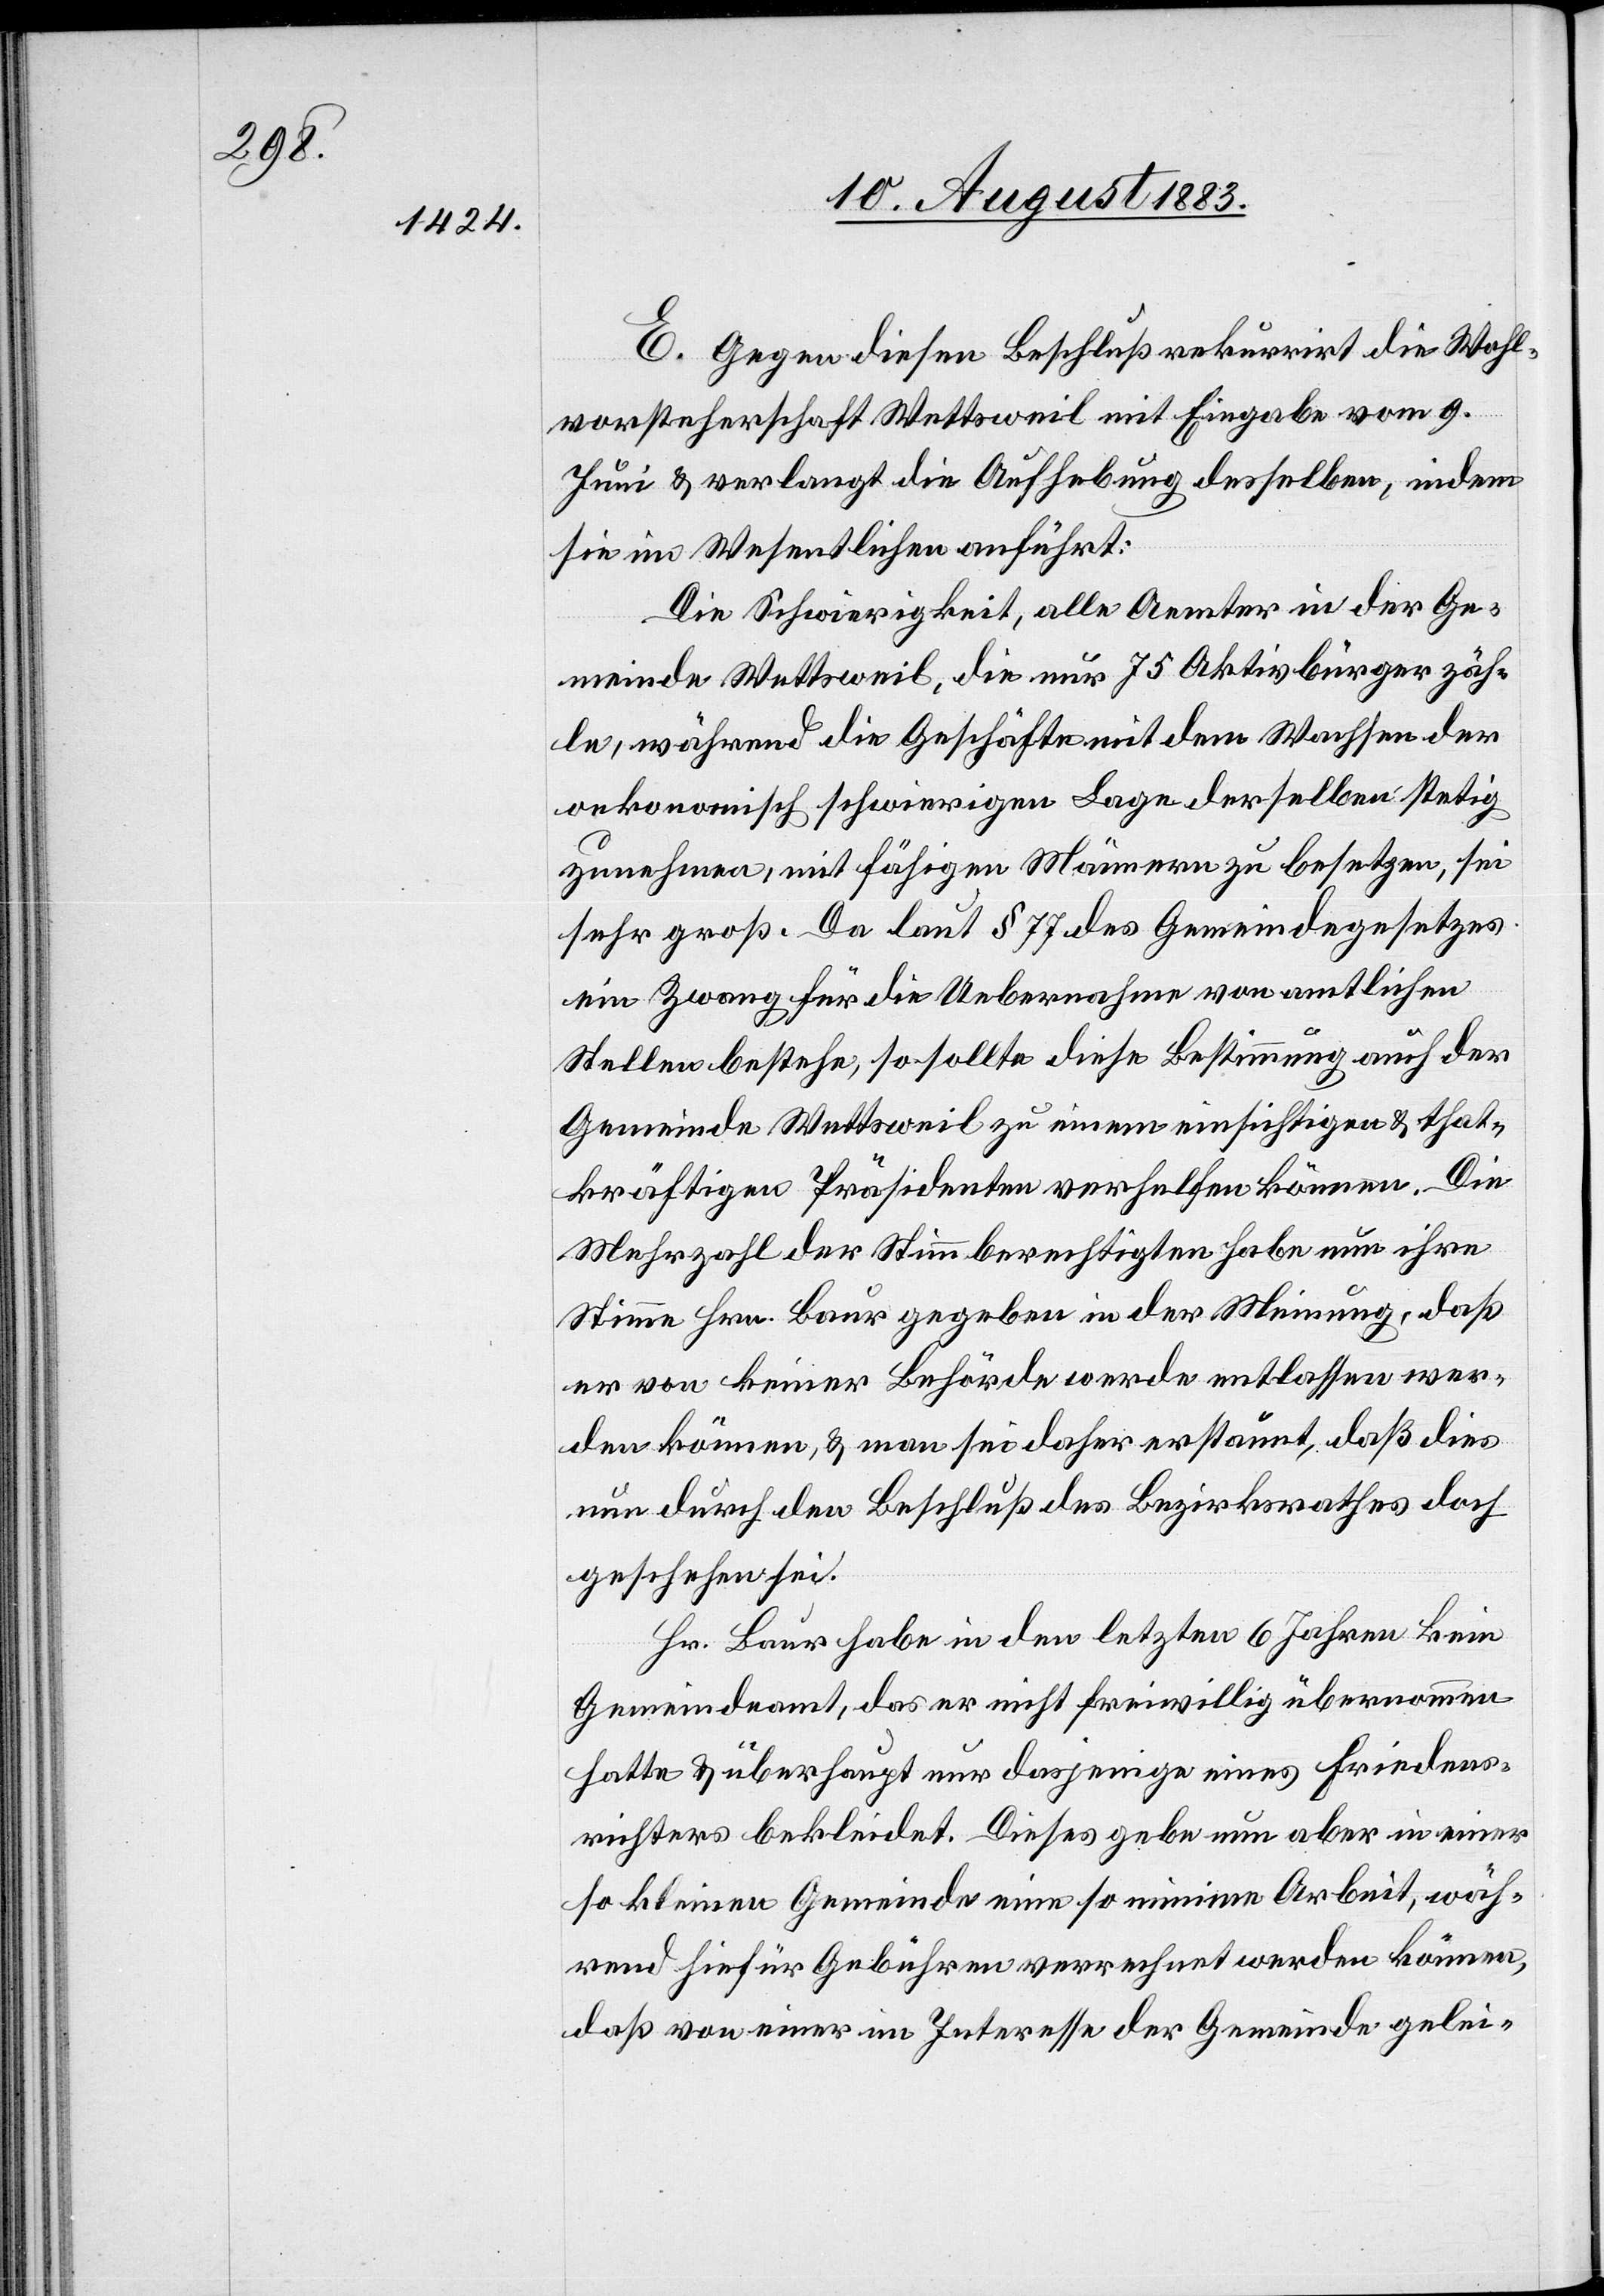
E. Gegen diesen Beschluß rekurrirt die Wahl¬
vorsteherschaft Wettsweil mit Eingabe vom 9.
Juni & verlangt die Aufhebung desselben, indem
sie im Wesentlichen anführt:
Die Schwierigkeit, alle Aemter in der Ge¬
meinde Wettsweil, die nur 75 Aktivbürger zäh¬
le, während die Geschäfte mit dem Wachsen der
oekonomisch schwierigen Lage derselben stetig
zunehmen, mit fähigen Männern zu besetzen, sei
sehr groß. Da laut § 77 des Gemeindegesetzes
ein Zwang für die Uebernahme von amtlichen
Stellen bestehe, so sollte diese Bestimmung auch der
Gemeinde Wettsweil zu einem einsichtigen & that¬
kräftigen Präsidenten verhelfen können. Die
Mehrzahl der Stimmberechtigten habe nun ihre
Stimme Hrn. Baur gegeben in der Meinung, daß
er von keiner Behörde werde entlassen wer¬
den können, & man sei daher erstaunt, daß dies
nun durch den Beschluß des Bezirksrathes doch
geschehen sei.
Hr. Baur habe in den letzten 6 Jahren kein
Gemeindeamt, das er nicht freiwillig übernommen
hatte & überhaupt nur dasjenige eines Friedens¬
richters bekleidet. Dieses gebe nun aber in einer
so kleinen Gemeinde eine so minime Arbeit, wäh¬
rend hiefür Gebühren verrechnet werden können,
daß von einer im Interesse der Gemeinde gelei-